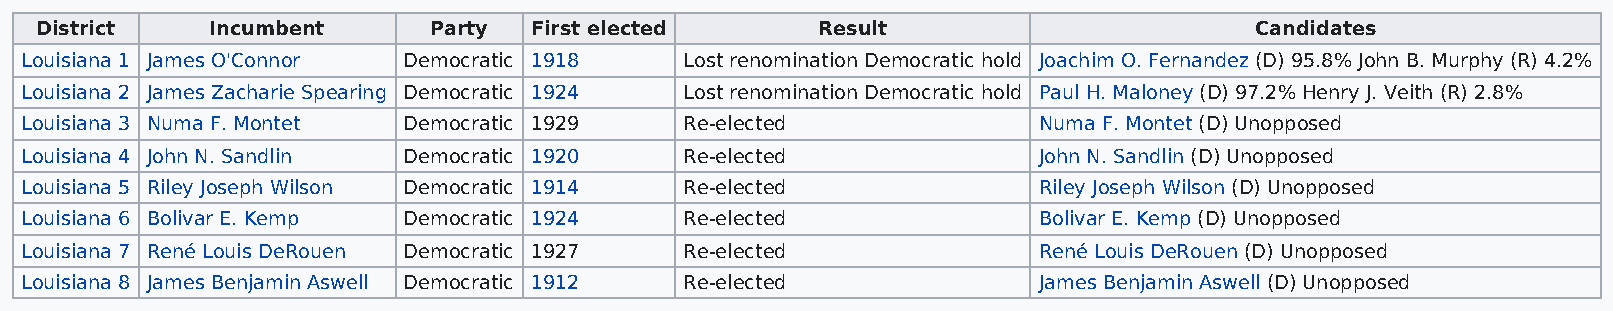
District    Incumbent     Party  First elected      Result                       Candidates
 Louisiana 1 James O'Connor Democratic 1918  Lost renomination Democratic hold Joachim O. Fernandez (D) 95.8% John B. Murphy (R) 4.2%
 Louisiana 2 James Zacharie Spearing Democratic 1924 Lost renomination Democratic hold Paul H. Maloney (D) 97.2% Henry J. Veith (R) 2.8%
 Louisiana 3 Numa F. Montet Democratic 1929  Re-elected              Numa F. Montet (D) Unopposed
 Louisiana 4 John N. Sandlin Democratic 1920 Re-elected              John N. Sandlin (D) Unopposed
 Louisiana 5 Riley Joseph Wilson Democratic 1914 Re-elected          Riley Joseph Wilson (D) Unopposed
 Louisiana 6 Bolivar E. Kemp Democratic 1924 Re-elected              Bolivar E. Kemp (D) Unopposed
 Louisiana 7 René Louis DeRouen Democratic 1927 Re-elected           René Louis DeRouen (D) Unopposed
 Louisiana 8 James Benjamin Aswell Democratic 1912 Re-elected        James Benjamin Aswell (D) Unopposed